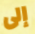
إلى